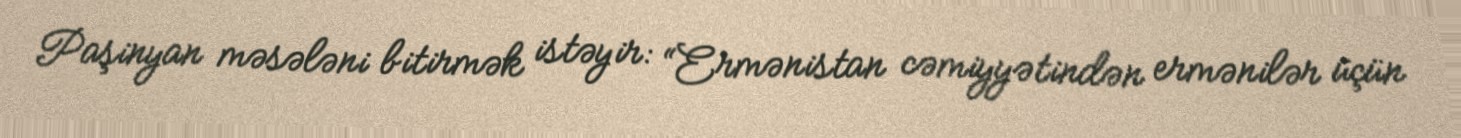
Paşinyan məsələni bitirmək istəyir: “Ermənistan cəmiyyətindən ermənilər üçün